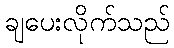
ချပေးလိုက်သည်